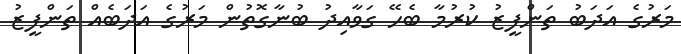
މަރުގެ އަދަބު ތަންފީޒު ކުރުމާ ބެހޭ ގަވާއިދު ބުނާގޮތުން މަރުގެ އަދަބެއް ތަންފީޒު